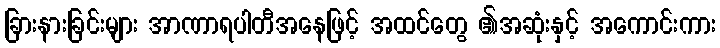
ခြားနားခြင်းများ အာဏာရပါတီအနေဖြင့် အထင်တွေ ၏အဆုံးနှင့် အကောင်းကား